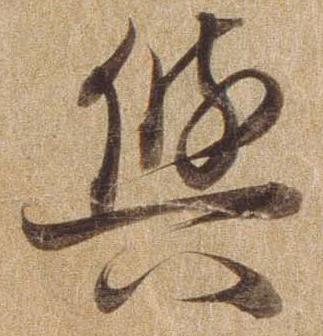
与